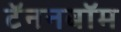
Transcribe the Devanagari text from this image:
टॅननबॉम